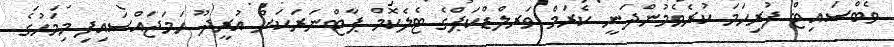
ވެބްސައިޓް ފުރިހަމަ ކުރެވެމުންދަނީ ކެރަމް ވަރލްޑްކަޕްގެ ޓެލެކޮމް ޕާޓްނަރަކަށް އުރީދޫ ހަމަޖައްސައިފި މިމަހުގެ